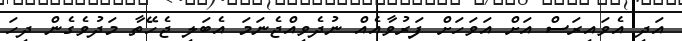
އަދި އެވައިރަސް އަށް އަވަހަށް ފަރުވާއެއް ނުދެވިއްޖެނަމަ އެބަލި ޖެހޭތާ މަދުވެގެން ދިހަ